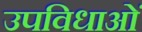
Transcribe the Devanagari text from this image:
उपविधाओं